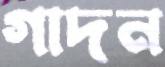
গাদন